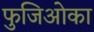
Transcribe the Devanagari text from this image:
फुजिओका